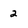
Character: 2